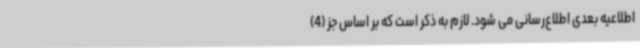
اطلاعیه بعدی اطلاع‌رسانی می شود. لازم به ذکر است که بر اساس جز (4)